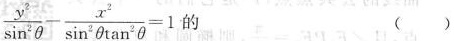
$$\frac{y^{2}}{ \sin ^{2} \theta }- \frac{x^{2}}{ \sin ^{2} \theta \tan ^{2} \theta }=1$$的 ()